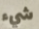
شيء